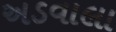
અડવાલા